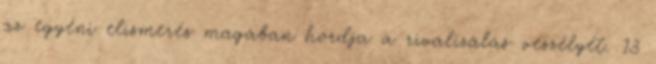
az egyéni elismerés magában hordja a rivalizálás veszélyét. 13